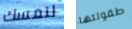
لنمسك طفولتها